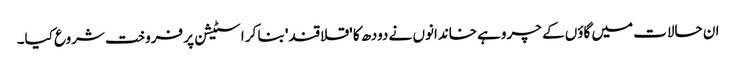
ان حالات میں گاؤں کے چروہے خاندانوں نے دودھ کا 'قلاقند' بنا کر اسٹیشن پر فروخت شروع کیا۔